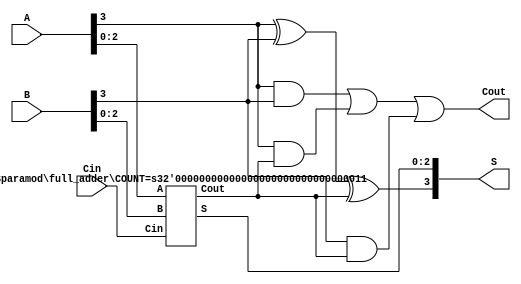
module full_adder 
#(
  parameter COUNT = 4
)(
  input [COUNT-1:0] A,
  input [COUNT-1:0] B,
  input Cin,
  output[COUNT-1:0] S,
  output Cout
);

  wire  Cout_wire;

  generate
    if (COUNT == 1) begin : single_bit
      assign Cout = (A[0] & B[0]) | (A[0] & Cin) | (B[0] & Cin);
      assign S[0] = A[0] ^ B[0] ^ Cin;
    end else begin : multi_bit
      full_adder #(COUNT-1) fa(
        .A(A[COUNT-2:0]), .B(B[COUNT-2:0]), .Cin(Cin),
        .S(S[COUNT-2:0]), .Cout(Cout_wire)
      );

      assign Cout = (A[COUNT-1] & B[COUNT-1]) | (A[COUNT-1] & Cout_wire) | (B[COUNT-1] & Cout_wire);
      assign S[COUNT-1] = A[COUNT-1] ^ B[COUNT-1] ^ Cout_wire;
    end
  endgenerate

endmodule